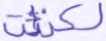
لكنت